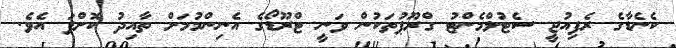
ކެނެޑާގެ ރެފިއުޖީ ސެޓުލްމެންޓު ގްރޫޕުތަކުން ވަނީ ޓްރޫޑޯގެ އެނިންމުމަށް ތާއިދު ކޮށްފަ އެވެ.